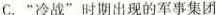
C. ”冷战”时期出现的军事集团